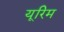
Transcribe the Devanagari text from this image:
यूरिम